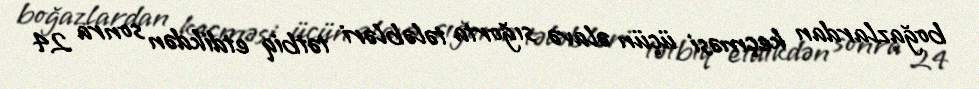
boğazlardan keçməsi üçün əlavə sığorta tələbləri tətbiq etdikdən sonra 24